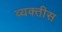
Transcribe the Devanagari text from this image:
व्‍यक्तीस